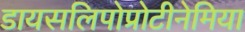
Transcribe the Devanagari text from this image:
डायसलिपोप्रोटीनेमिया